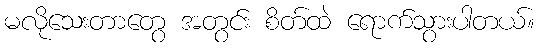
မလိုသေးတာတွေ အတွင်း စိတ်ထဲ ရောက်သွားပါတယ်။